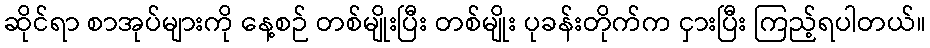
ဆိုင်ရာ စာအုပ်များကို နေ့စဉ် တစ်မျိုးပြီး တစ်မျိုး ပုခန်းတိုက်က ငှားပြီး ကြည့်ရပါတယ်။